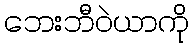
ဘေးဘီဝဲယာကို